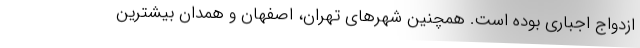
ازدواج اجباری بوده است. همچنین شهرهای تهران، اصفهان و همدان بیشترین